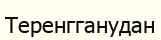
Теренгганудан